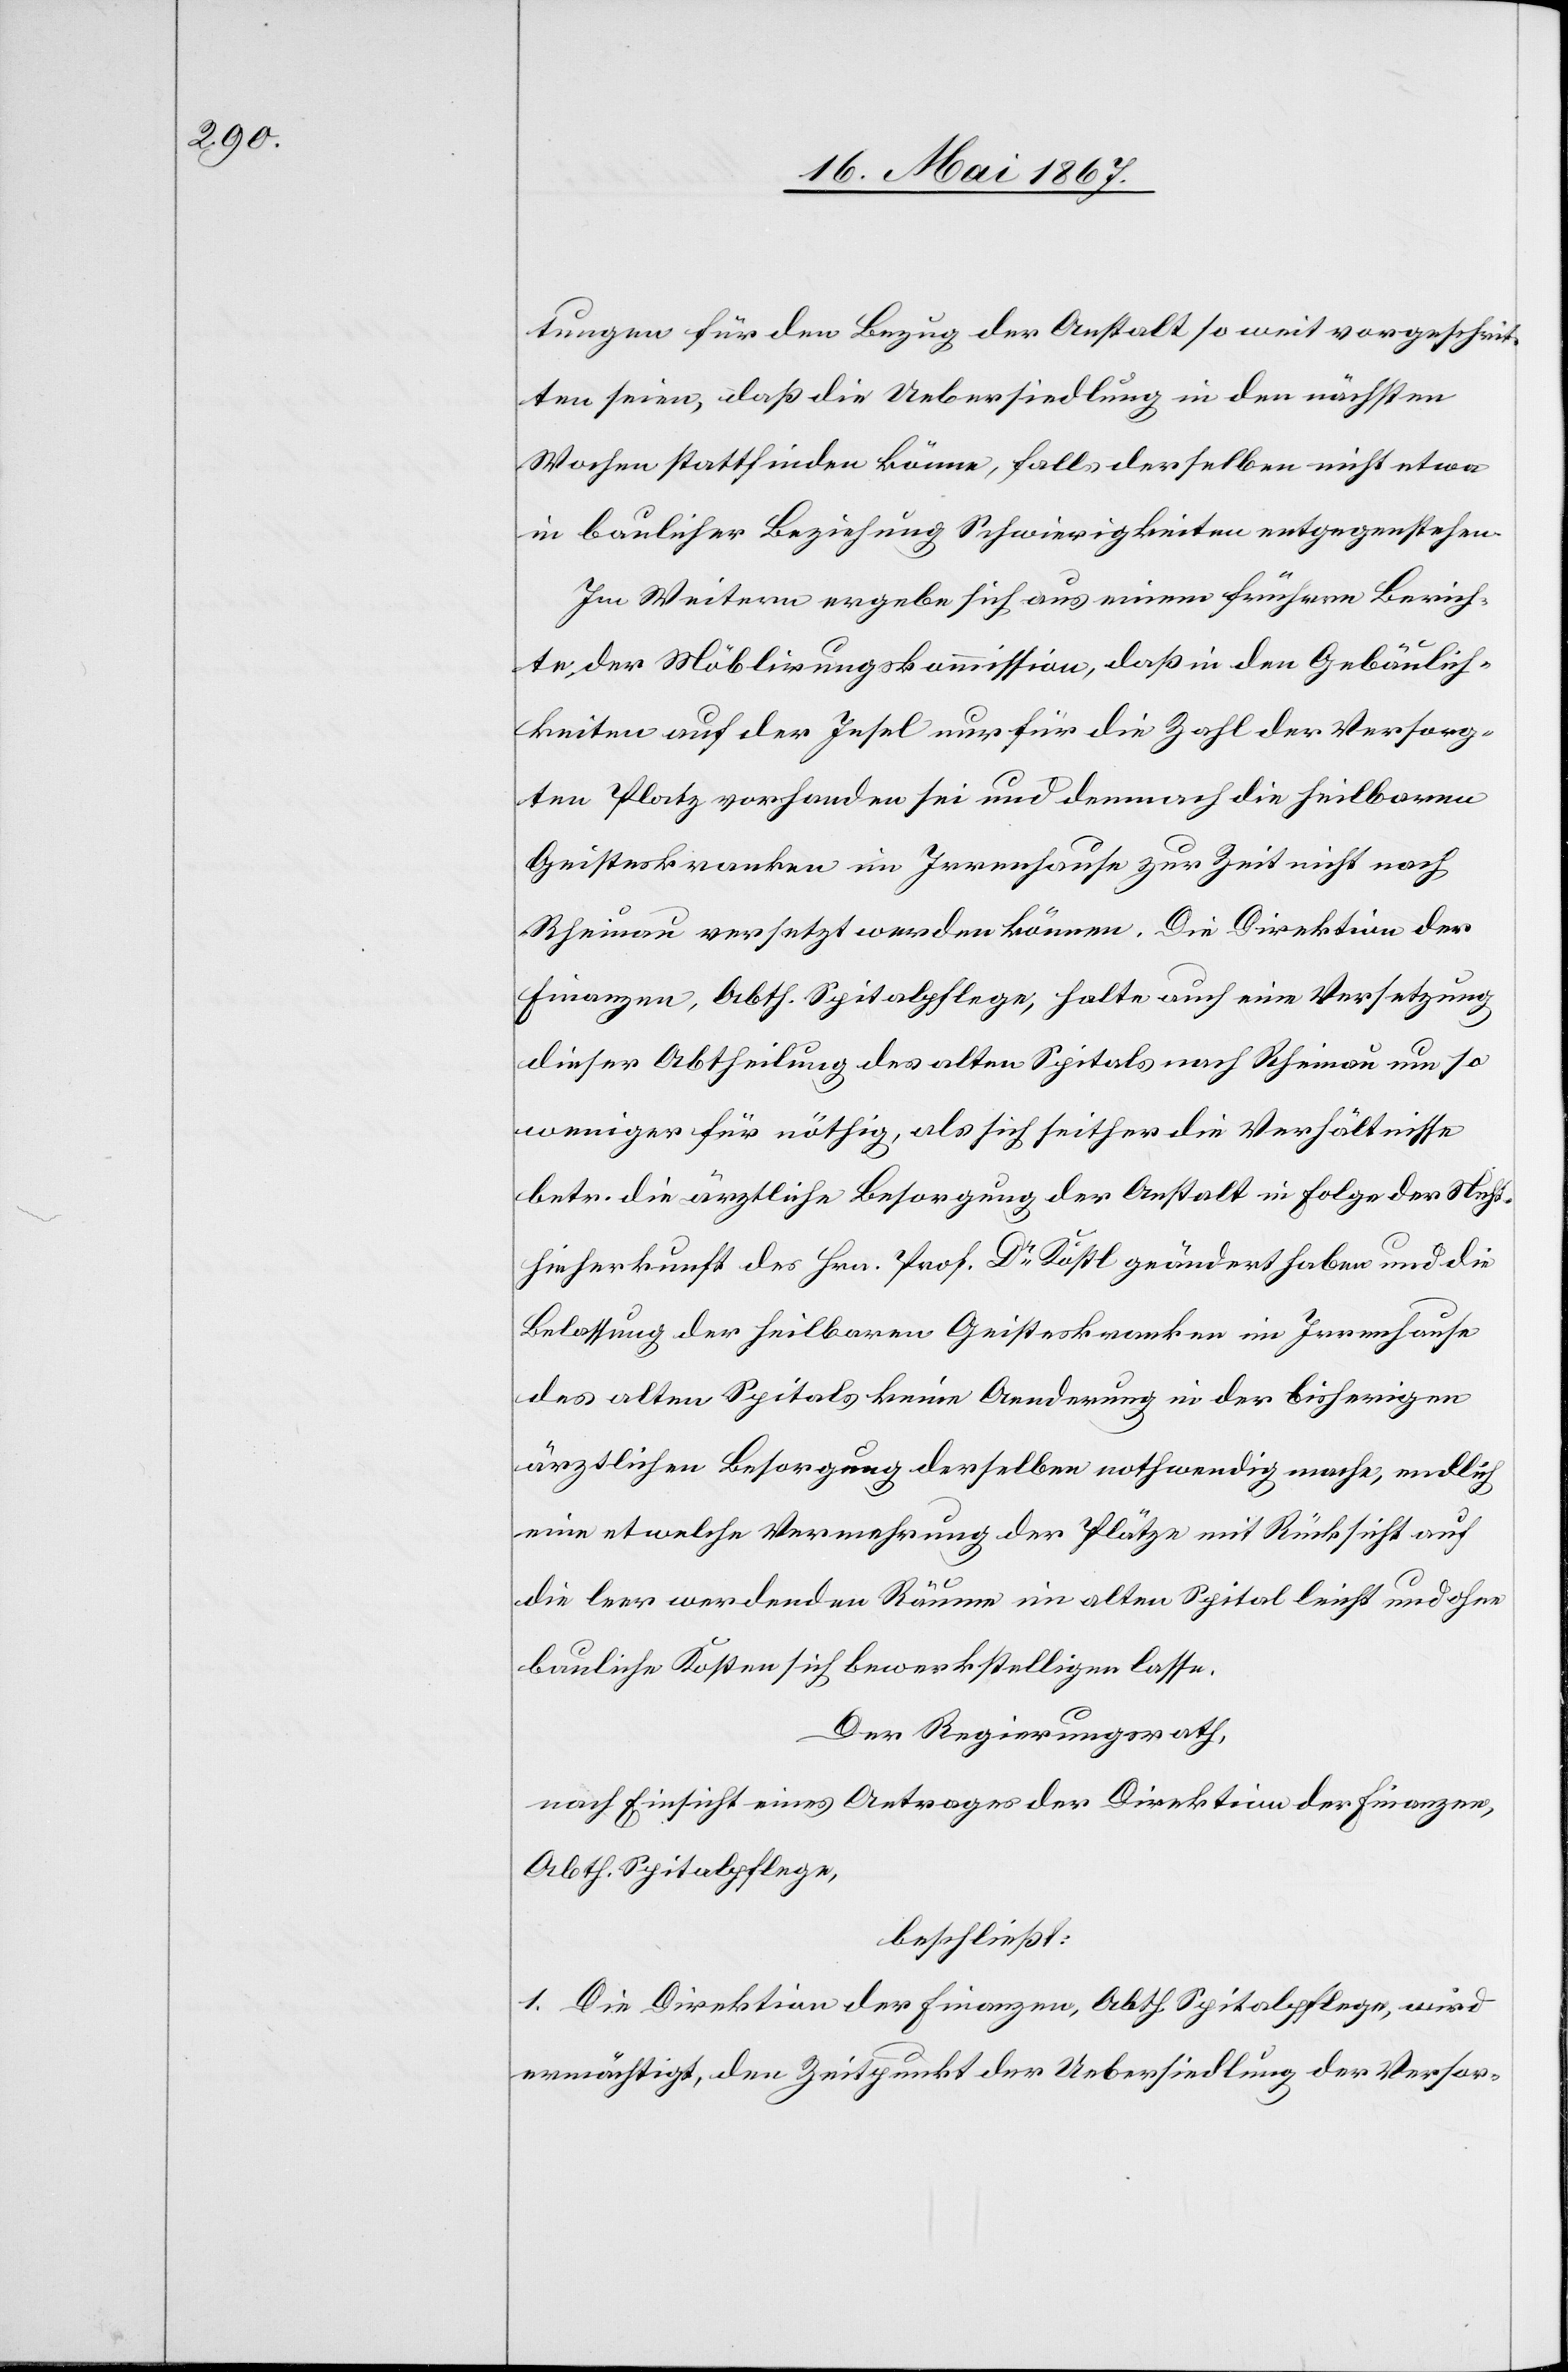
tungen für den Bezug der Anstalt so weit vorgeschrit¬
ten seien, daß die Uebersiedlung in den nächsten
Wochen stattfinden könne, falls derselben nicht etwa
in baulicher Beziehung Schwierigkeiten entgegenstehen.
Im Weitern ergebe sich aus einem frühern Berich¬
te der Möblirungskommission, daß in den Gebäulich¬
keiten auf der Insel nur für die Zahl der Versorg¬
ten Platz vorhanden sei und demnach die heilbaren
Geisteskranken im Irrenhause zur Zeit nicht nach
Rheinau versetzt werden können. Die Direktion der
Finanzen, Abth. Spitalpflege, halte auch eine Versetzung
dieser Abtheilung des alten Spitals nach Rheinau um so
weniger für nöthig, als sich seither die Verhältnisse
betr. die ärztliche Besorgung der Anstalt in Folge der Nicht¬
hieherkunft des Hrn. Prof. Dr. Köstl geändert haben und die
Belassung der heilbaren Geisteskranken im Irrenhause
des alten Spitals keine Aenderung in der bisherigen
ärztlichen Besorgung derselben nothwendig mache, endlich
eine etwelche Vermehrung der Plätze mit Rücksicht auf
die leer werdenden Räume im alten Spital leicht und ohne
bauliche Kosten sich bewerkstelligen lasse.
Der Regierungsrath,
nach Einsicht eines Antrages der Direktion der Finanzen,
Abth. Spitalpflege,
beschließt:
1. Die Direktion der Finanzen, Abth. Spitalpflege, wird
ermächtigt, den Zeitpunkt der Uebersiedlung der Versor-